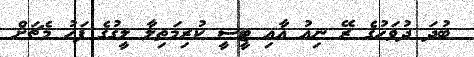
ބުދަ ދުވަހުގެ ރޭ ނިއު އާއި ޓީސީ ކުރިމަތިލާ ލީގުގެ ފަހު މެޗަށް